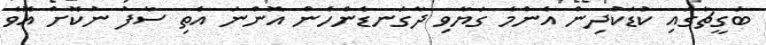
ބަގީޗާގައި ކުޑަކުދިން އެންމެ ގަޔާވި ދާގަނޑެންހެން އޮންނަ އެތި ސާފު ނުކޮށް އޮވެ